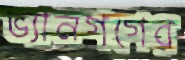
ভ্যানগগের